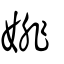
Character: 婔